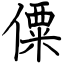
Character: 僳